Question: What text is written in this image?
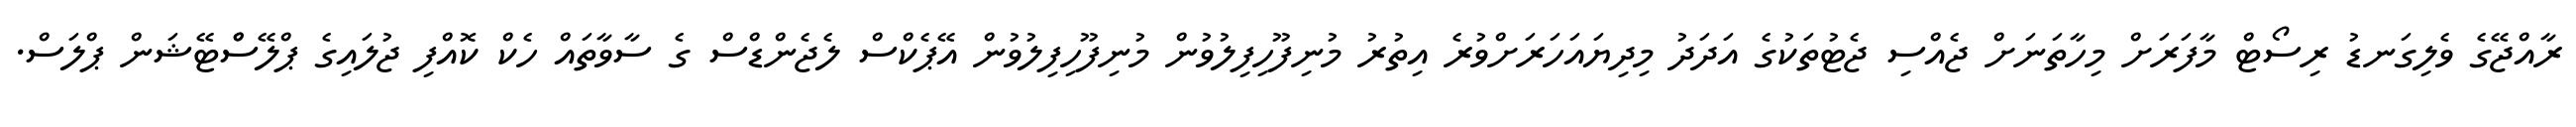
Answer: ރާއްޖޭގެ ވެލިގަނޑު ރިސޯޓް މާފަރަށް މިހާތަނަށް ޖެއްސި ޖެޓުތަކުގެ އަދަދު މިދިޔައަހަރަށްވުރެ އިތުރު މުނިފޫހިފިލުވުން މުނިފޫހިފިލުވުން އޭޕެކްސް ލެޖެންޑްސް ގެ ސާވާތައް ހެކް ކޮއްފި ޖުލައިގެ ޕްލޭސްްޓޭޝަން ޕްލަސް.